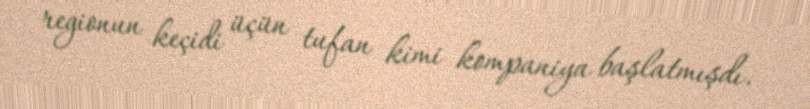
regionun keçidi üçün tufan kimi kompaniya başlatmışdı.